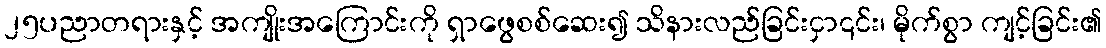
၂၅ပညာတရားနှင့် အကျိုးအကြောင်းကို ရှာဖွေစစ်ဆေး၍ သိနားလည်ခြင်းငှာ၎င်း၊ မိုက်စွာ ကျင့်ခြင်း၏